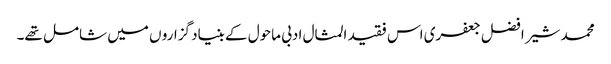
محمد شیر افضل جعفری اس فقید المثال ادبی ماحول کے بنیاد گزارو ں میں شامل تھے۔